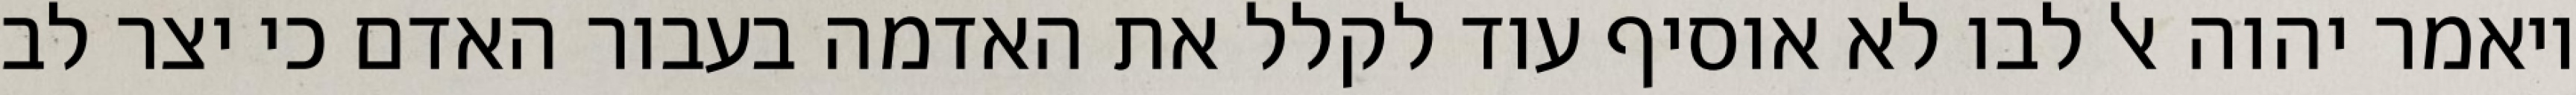
ויאמר יהוה אל לבו לא אוסיף עוד לקלל את האדמה בעבור האדם כי יצר לב